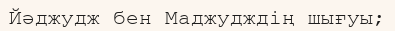
Йәджудж бен Маджудждің шығуы;